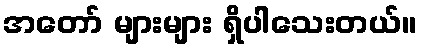
အတော် များများ ရှိပါသေးတယ်။